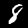
Label: 8